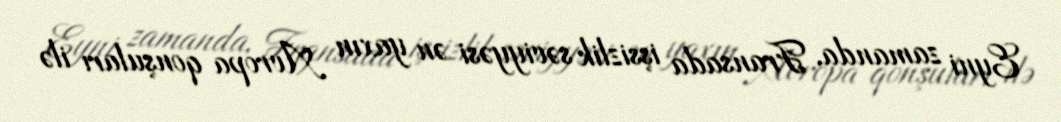
Eyni zamanda, Fransada işsizlik səviyyəsi ən yaxın Avropa qonşuları ilə